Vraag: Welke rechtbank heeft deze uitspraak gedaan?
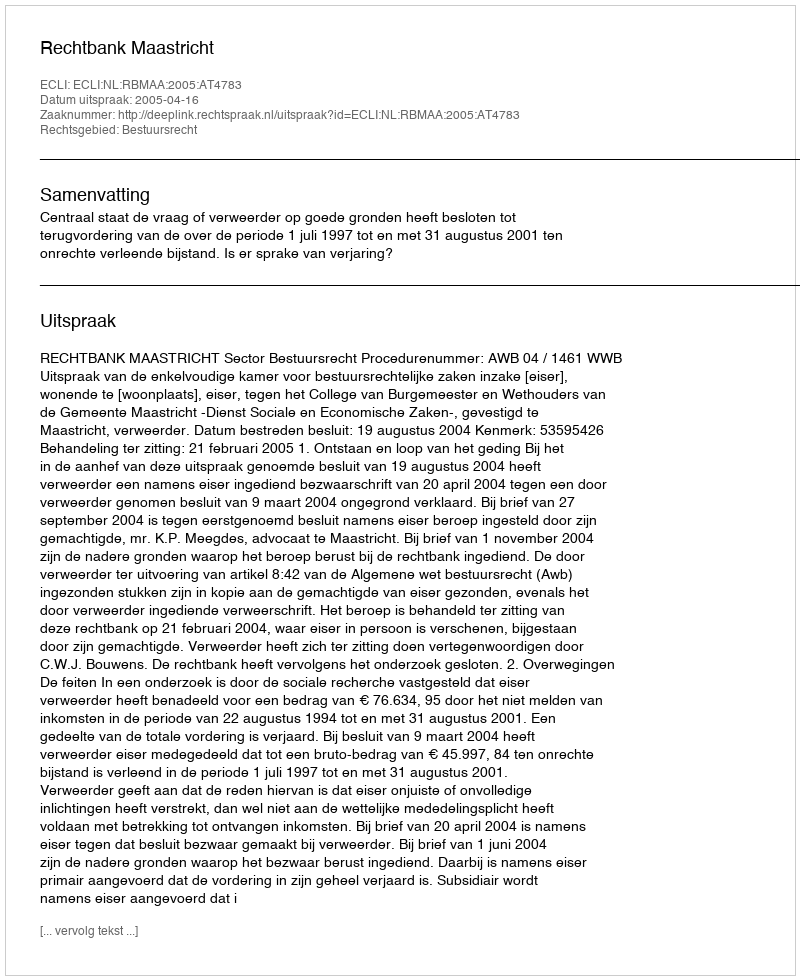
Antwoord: Rechtbank Maastricht